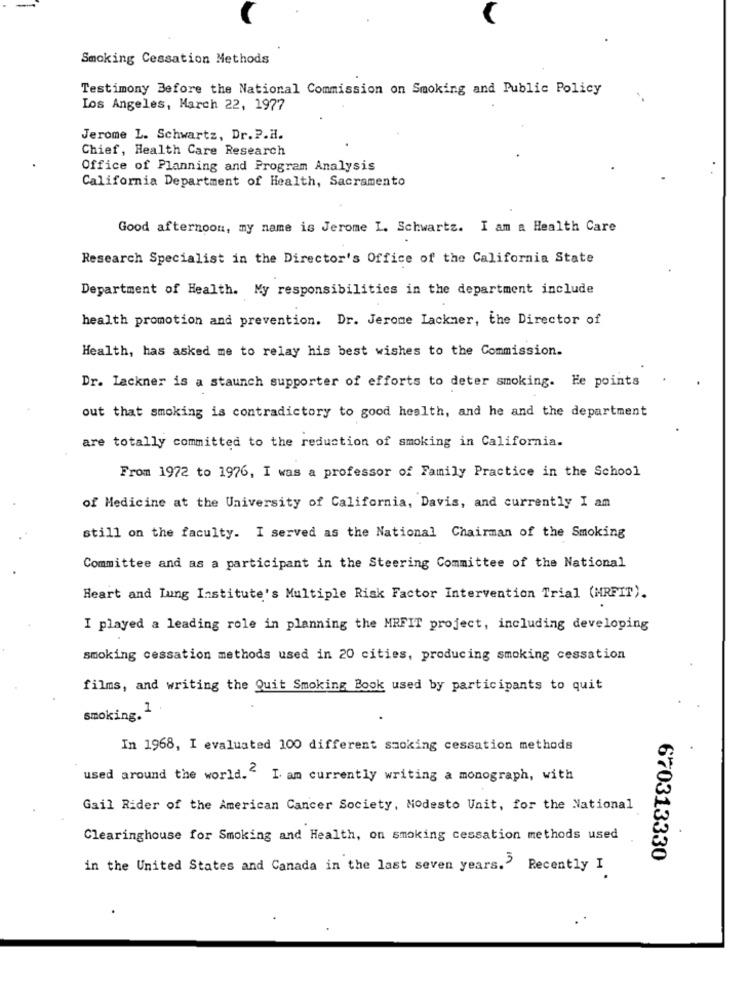
Smoking Cessation Methods
Testimony Before the National Commission on Smoking and Public Policy
Los Angeles, March 22, 1977
Jerome L. Schwartz, Dr. P.H.
Chief, Health Care Research
Office of Planning and Program Analysis
California Department of Health, Sacramento
Good afternoon, my name is Jerome I. Schwartz. I am a Health Care
Research Specialist in the Director's Office of the California State
Department of Health. My responsibilities in the department include
health promotion and prevention. Dr. Jerome Lackner, the Director of
Health, has asked me to relay his best wishes to the Commission.
Dr. Lackner is a staunch supporter of efforts to deter smoking. He points
out that smoking is contradictory to good health, and he and the department
are totally committed to the reduction of smoking in California.
From 1972 to 1976, I was a professor of Family Practice in the School
of Medicine at the University of California, Davis, and currently I am
still on the faculty. I served as the National Chairman of the Smoking
Committee and as a participant in the Steering Committee of the National
Heart and Lung Institute's Multiple Risk Factor Intervention Trial (MRFIT).
I played a leading role in planning the MRFIT project, including developing
smoking cessation methods used in 20 cities, producing smoking cessation
films, and writing the Quit Smoking Book used by participants to quit
1
smoking.
In 1968, I evaluated 100 different smoking cessation methods
used around the world." I am currently writing a monograph, with
Gail Rider of the American Cancer Society, Modesto Unit, for the National
Clearinghouse for Smoking and Health, on smoking cessation methods used
670313330
in the United States and Canada in the last seven years.'
Recently I